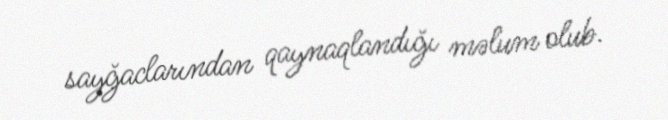
sayğaclarından qaynaqlandığı məlum olub.